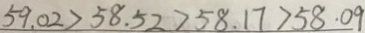
5 9 . 0 2 > 5 8 . 5 2 > 5 8 . 1 7 > 5 8 . 0 9